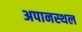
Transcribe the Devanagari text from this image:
अपानस्थल